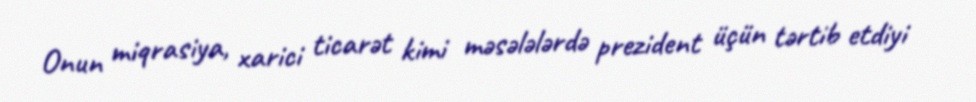
Onun miqrasiya, xarici ticarət kimi məsələlərdə prezident üçün tərtib etdiyi